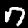
Digit: 7